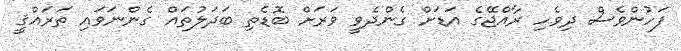
ފަހުންވެސް ދިވެހި ރާއްޖޭގެ އަޑަށް ގެންދެވީ ވަރަށް ބޮޑެތި ބަދަލުތައް ގެންނަވައި ތަރައްޤީ